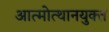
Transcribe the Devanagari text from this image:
आत्मोत्थानयुक्त